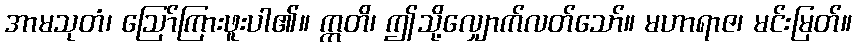
အာမသုတံ၊ ဩော်ကြားဖူးပါ၏။ ဣတိ၊ ဤသို့လျှောက်လတ်သော်။ မဟာရာဇ၊ မင်းမြတ်။